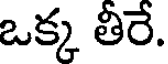
ఒక్క తీరే.